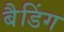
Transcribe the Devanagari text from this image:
बैडिंग